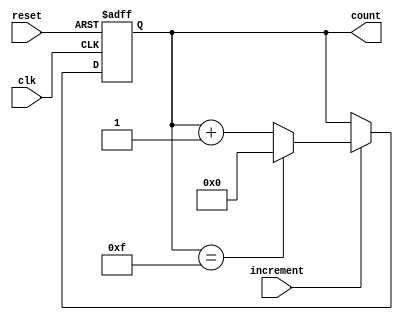
module incremental_counter #(
  parameter WIDTH = 4,              // Bit-width of the counter
  parameter INITIAL_VALUE = 0       // Initial count value
)(
  input wire clk,                   // Clock signal
  input wire reset,                 // Asynchronous reset signal
  input wire increment,             // Increment control signal
  output reg [WIDTH-1:0] count      // Current count value
);

  // Maximum count value based on width
  localparam MAX_COUNT = (1 << WIDTH) - 1;

  // Asynchronous reset (setting initial value)
  always @(posedge clk or posedge reset) begin
    if (reset) begin
      count <= INITIAL_VALUE;        // Reset to initial value
    end else if (increment) begin
      if (count == MAX_COUNT) begin
        count <= INITIAL_VALUE;      // Wrap around to initial value
      end else begin
        count <= count + 1;          // Increment count
      end
    end
  end

endmodule